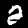
Digit: 2